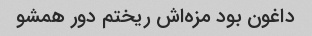
داغون بود مزه‌اش ریختم دور همشو